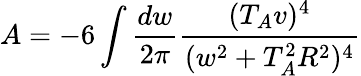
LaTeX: A=-6\int\frac{dw}{2\pi}\frac{(T_{A}v)^{4}}{(w^{2}+T_{A}^{2}R^{2})^{4}}